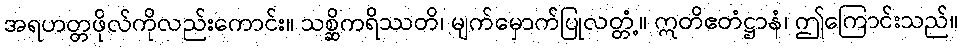
အရဟတ္တဖိုလ်ကိုလည်းကောင်း။ သစ္ဆိကရိဿတိ၊ မျက်မှောက်ပြုလတ္တံ့။ ဣတိဧတံဋ္ဌာနံ၊ ဤကြောင်းသည်။